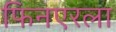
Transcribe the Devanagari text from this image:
फिनएरला